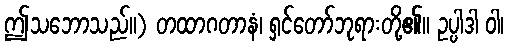
ဤသဘောသည်။) တထာဂတာနံ၊ ရှင်တော်ဘုရားတို့၏။ ဥပ္ပါဒါ ဝါ၊